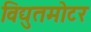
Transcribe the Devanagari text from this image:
विद्युतमोटर